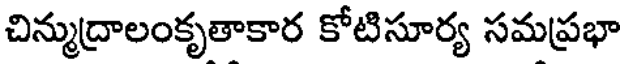
చిన్ముద్రాలంకృతాకార కోటిసూర్య సమప్రభా